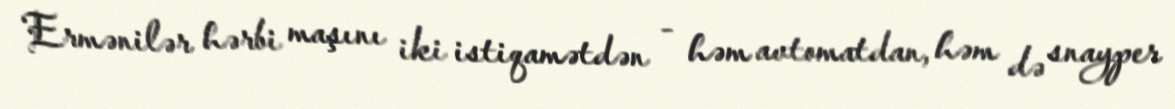
Ermənilər hərbi maşını iki istiqamətdən - həm avtomatdan, həm də snayper